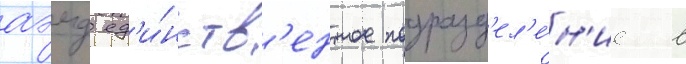
аэмд ед'и́нств'енное подразд'ел'е́н'ие в